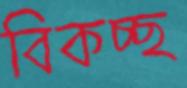
বিকচ্ছ